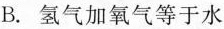
B.氢气加氧气等于水